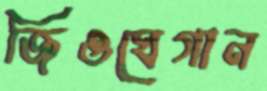
জিওঘেগান